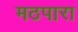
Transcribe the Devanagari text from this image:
मठपारा